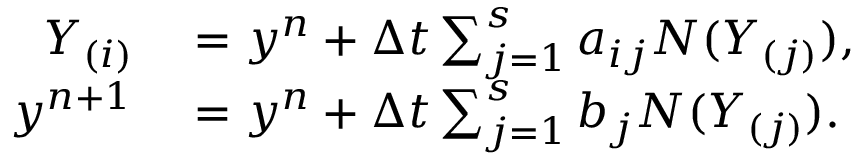
\begin{array} { r l } { Y _ { ( i ) } } & { { } = y ^ { n } + \Delta t \sum _ { j = 1 } ^ { s } a _ { i j } N ( Y _ { ( j ) } ) , } \\ { y ^ { n + 1 } } & { { } = y ^ { n } + \Delta t \sum _ { j = 1 } ^ { s } b _ { j } N ( Y _ { ( j ) } ) . } \end{array}